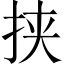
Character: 挟